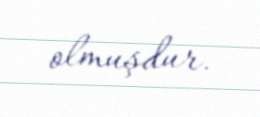
olmuşdur.